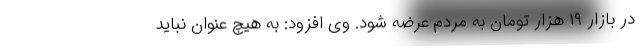
در بازار ۱۹ هزار تومان به مردم عرضه شود. وی افزود: به هیچ عنوان نباید